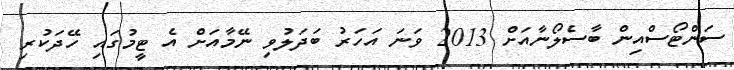
ސަންޓޯސްއިން ބާސެލޯނާއަށް 2013 ވަނަ އަހަރު ބަދަލުވި ނޭމާއަށް އެ ޓީމުގައި ހޭދަކުރި